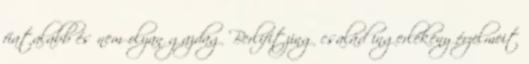
fiatalabb és nem olyan gazdag Berlifitzing család ingerlékeny érzelmeit